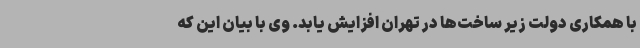
با همکاری دولت زیر ساخت‌ها در تهران افزایش یابد. وی با بیان این که